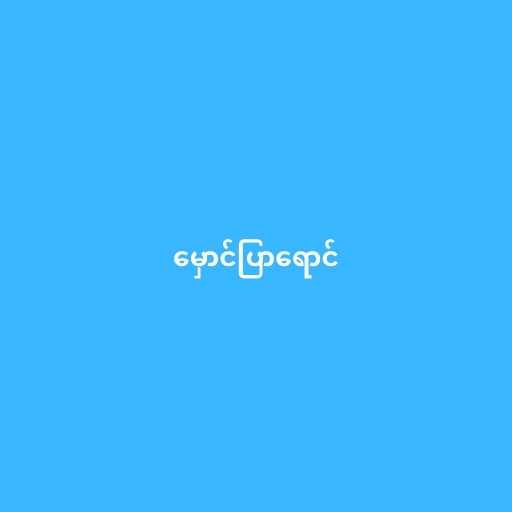
မှောင်ပြာရောင်